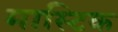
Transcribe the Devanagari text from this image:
मास्टिक